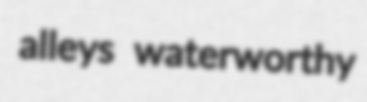
alleys waterworthy